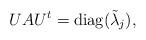
LaTeX: \begin{align*} UAU^t = \mbox{diag}(\tilde{\lambda}_j),\end{align*}